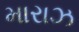
મારાઝ